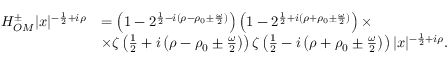
\begin{array} { r l } { H _ { O M } ^ { \pm } | x | ^ { - \frac { 1 } { 2 } + i \rho } } & { = \left( 1 - 2 ^ { \frac { 1 } { 2 } - i ( \rho - \rho _ { 0 } \pm \frac { \omega } { 2 } ) } \right) \left( 1 - 2 ^ { \frac { 1 } { 2 } + i ( \rho + \rho _ { 0 } \pm \frac { \omega } { 2 } ) } \right) \times } \\ & { \times \zeta \left( \frac { 1 } { 2 } + i \left( \rho - \rho _ { 0 } \pm \frac { \omega } { 2 } \right) \right) \zeta \left( \frac { 1 } { 2 } - i \left( \rho + \rho _ { 0 } \pm \frac { \omega } { 2 } \right) \right) | x | ^ { - \frac { 1 } { 2 } + i \rho } . } \end{array}